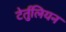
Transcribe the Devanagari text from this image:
टेर्तुलियन